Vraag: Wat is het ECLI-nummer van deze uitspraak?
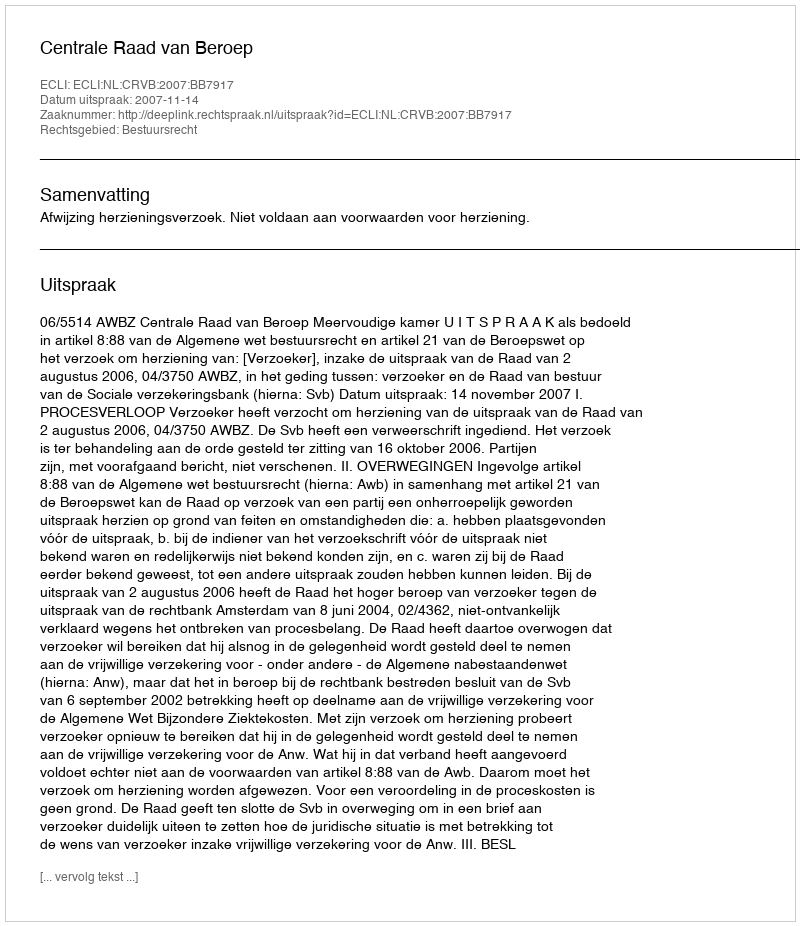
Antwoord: ECLI:NL:CRVB:2007:BB7917